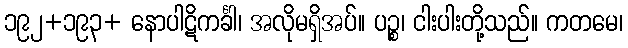
၁၉၂+၁၉၃+ နောပါဋိကင်္ခါ၊ အလိုမရှိအပ်။ ပဉ္စ၊ ငါးပါးတို့သည်။ ကတမေ၊